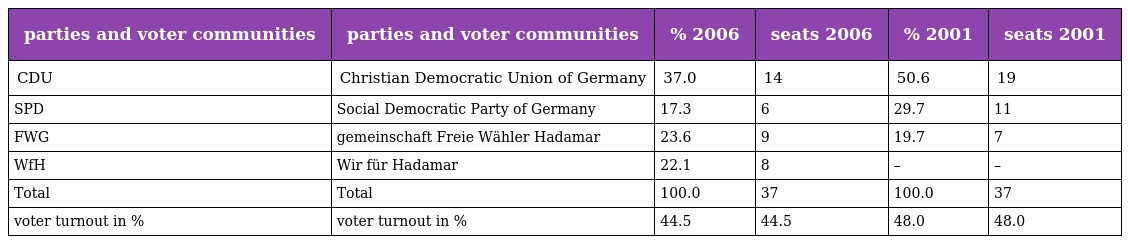
| parties and voter communities | parties and voter communities | % 2006 | seats 2006 | % 2001 | seats 2001 |
 | --- | --- | --- | --- | --- | --- |
 | CDU | Christian Democratic Union of Germany | 37.0 | 14 | 50.6 | 19 |
 | SPD | Social Democratic Party of Germany | 17.3 | 6 | 29.7 | 11 |
 | FWG | gemeinschaft Freie Wähler Hadamar | 23.6 | 9 | 19.7 | 7 |
 | WfH | Wir für Hadamar | 22.1 | 8 | – | – |
 | Total | Total | 100.0 | 37 | 100.0 | 37 |
 | voter turnout in % | voter turnout in % | 44.5 | 44.5 | 48.0 | 48.0 |